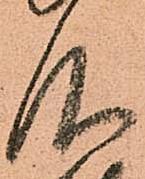
仰